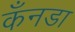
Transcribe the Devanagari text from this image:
कँनडा